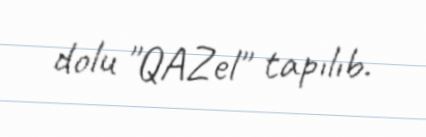
dolu "QAZel" tapılıb.